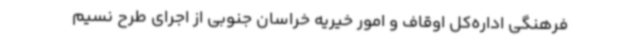
فرهنگی اداره‌کل اوقاف و امور خیریه خراسان‌ جنوبی از اجرای طرح نسیم